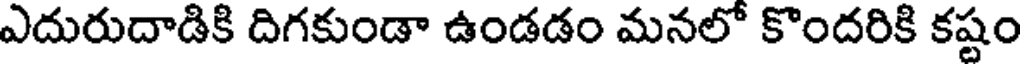
ఎదురుదాడికి దిగకుండా ఉండడం మనలో కొందరికి కష్టం